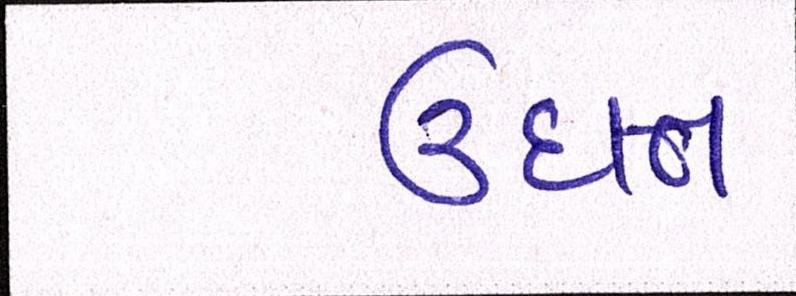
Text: ઉદાત્ત